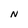
Character: N